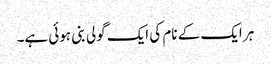
ہر ایک کے نام کی ایک گولی بنی ہوئی ہے۔